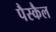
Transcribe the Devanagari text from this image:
पैस्कैल